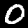
Digit: 0